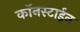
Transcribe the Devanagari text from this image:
कॉनस्टाईन